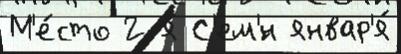
М'е́сто 2-я С'ем'́н январ'я́